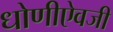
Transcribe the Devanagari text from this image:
धोणीऐवजी